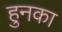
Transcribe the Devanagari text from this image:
हुनका